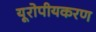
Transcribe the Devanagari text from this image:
यूरोपीयकरण